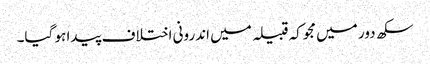
سکھ دور میں مجوکہ قبیلہ میں اندرونی اختلاف پیدا ہو گیا۔